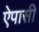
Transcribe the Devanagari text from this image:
ऐपासी